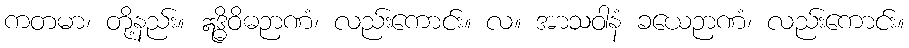
ကတမာ၊ တို့နည်း။ ဣဒ္ဓိဝိဓဉာဏံ၊ လည်းကောင်း။ လ။ အာသဝါနံ ခယေဉာဏံ၊ လည်းကောင်း။